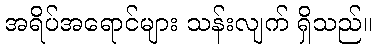
အရိပ်အရောင်များ သန်းလျက် ရှိသည်။